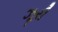
ઝૂરી